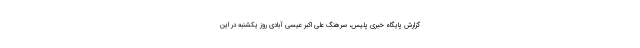
گزارش پایگاه خبری پلیس، سرهنگ علی اکبر عیسی آبادی روز یکشنبه در این